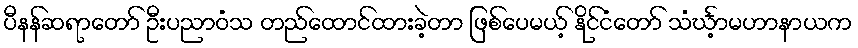
ပီနန်ဆရာတော် ဦးပညာဝံသ တည်ထောင်ထားခဲ့တာ ဖြစ်ပေမယ့် နိုင်ငံတော် သံင်္ဃာ့မဟာနာယက